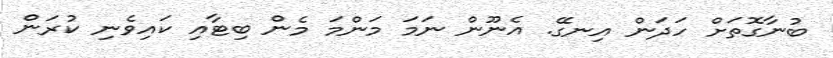
ބުނާގޮތަށް ހަދަން އިނގޭ. އެނޫން ނަމަ މަންމަ މެން ބިޓާއި ކައިވެނި ކުރަން